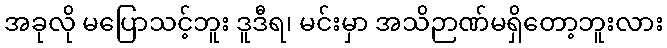
အခုလို မပြောသင့်ဘူး ဒူဒီရ၊ မင်းမှာ အသိဉာဏ်မရှိတော့ဘူးလား